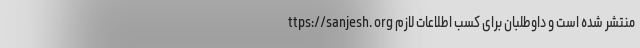
ttps://sanjesh. org منتشر شده است و داوطلبان برای کسب اطلاعات لازم